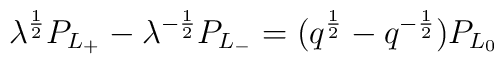
\lambda^{1 \over 2} P_{L_+} -\lambda^{-{1\over 2}}P_{L_-} =(q^{1\over2} -q^{-{1\over 2}})P_{L_0}